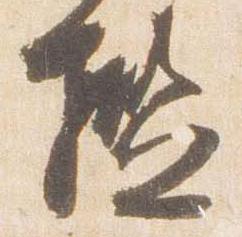
檻